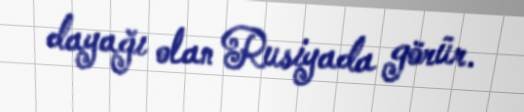
dayağı olan Rusiyada görür.